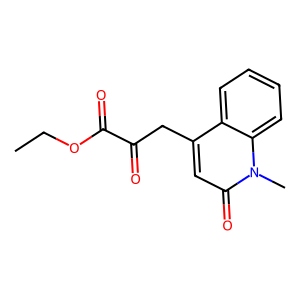
SMILES: CCOC(=O)C(=O)Cc1cc(=O)n(C)c2ccccc12
Inhibits HIV replication: No